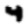
Digit: 4